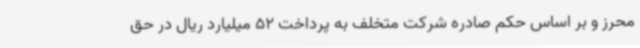
محرز و بر اساس حکم صادره شرکت متخلف به پرداخت 52 میلیارد ریال در حق